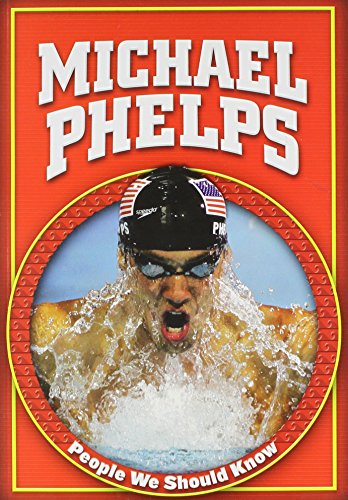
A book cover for Michael Phelps (People We Should Know); Mike Kennedy; Children's Books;